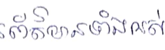
ព័ត៌មានទាំងអស់